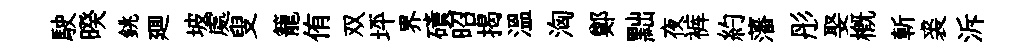
駛暌銚廽坡處叟籠侑双坪界磧昭揭溫洶鄭黜夜裤約藩彤娶概斬裘泝